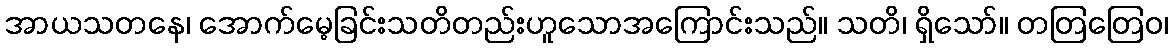
အာယသတနေ၊ အောက်မေ့ခြင်းသတိတည်းဟူသောအကြောင်းသည်။ သတိ၊ ရှိသော်။ တတြတြေဝ၊